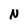
Character: N